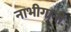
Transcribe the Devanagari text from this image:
नाभीगानी